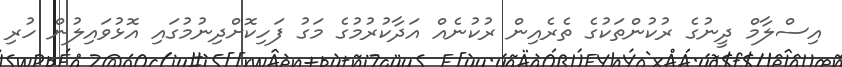
އިސްލާމް ދީނުގެ ރުކުންތަކުގެ ތެރެއިން ރުކުނެއް އަދާކުރުމުގެ މަގު ފަހިކޮށްދިނުމުގައި އޮޅުވައިލުން ހުރި